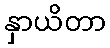
နှာယိတာ